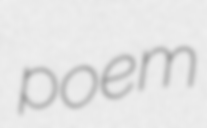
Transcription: poem